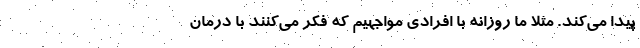
پیدا می‌کند. مثلا ما روزانه با افرادی مواجهیم که فکر می‌کنند با درمان